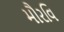
મૌરવિ